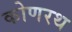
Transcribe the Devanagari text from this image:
कोणरथ